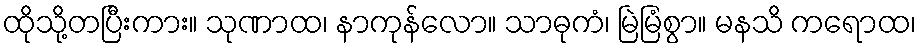
ထိုသို့တပြီးကား။ သုဏာထ၊ နာကုန်လော။ သာဓုကံ၊ မြဲမြံစွာ။ မနသိ ကရောထ၊